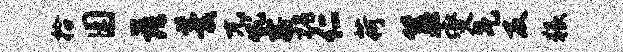
拾园落羹兀吼露槐仁荷簋燮气反猥